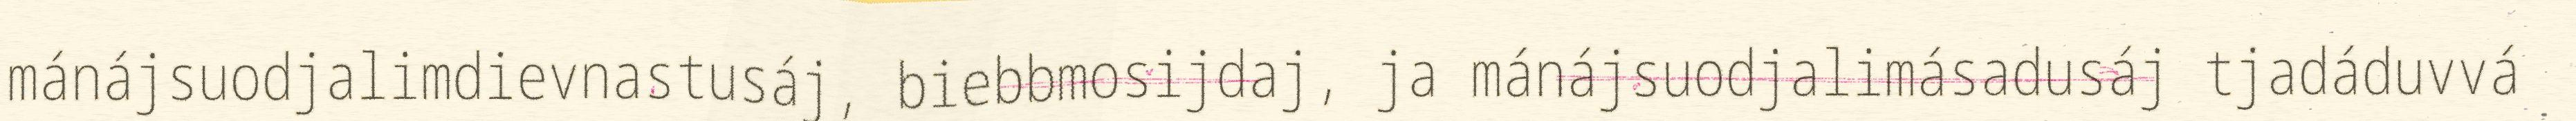
mánájsuodjalimdievnastusáj, biebbmosijdaj, ja mánájsuodjalimásadusáj tjadáduvvá